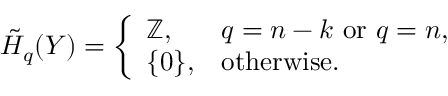
{ \tilde { H } } _ { q } ( Y ) = { \left\{ \begin{array} { l l } { \mathbb { Z } , } & { q = n - k { \mathrm { ~ o r ~ } } q = n , } \\ { \{ 0 \} , } & { { \mathrm { o t h e r w i s e } } . } \end{array} \right. }